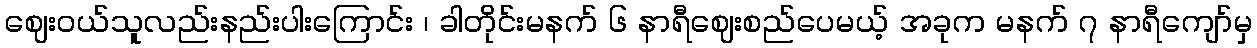
ဈေးဝယ်သူလည်းနည်းပါးကြောင်း ၊ ခါတိုင်းမနက် ၆ နာရီဈေးစည်ပေမယ့် အခုက မနက် ၇ နာရီကျော်မှ